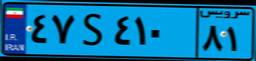
۷۰S۵۵۰۶۶